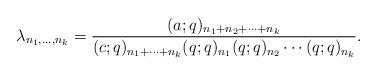
LaTeX: \begin{align*}\lambda_{n_1, \ldots, n_k}=\frac{(a; q)_{n_1+n_2+\cdots+n_k}}{(c; q)_{n_1+\cdots+n_k}(q; q)_{n_1}(q; q)_{n_2}\cdots (q; q)_{n_k}}.\end{align*}